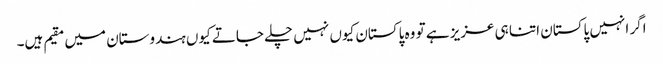
اگر انہیں پاکستان اتنا ہی عزیز ہے تو وہ پاکستان کیوں نہیں چلے جاتے کیوں ہندوستان میں مقیم ہیں۔